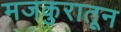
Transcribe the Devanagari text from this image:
मजकुरातून